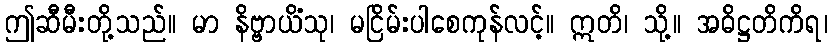
ဤဆီမီးတို့သည်။ မာ နိဗ္ဗာယိံသု၊ မငြိမ်းပါစေကုန်လင့်။ ဣတိ၊ သို့။ အဓိဋ္ဌတိကိရ၊